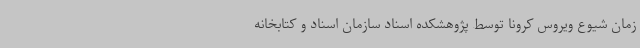
زمان شیوع ویروس کرونا توسط پژوهشکده اسناد سازمان اسناد و کتابخانه